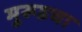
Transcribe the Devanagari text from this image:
मुरूडचा